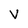
Character: V